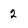
Character: 2